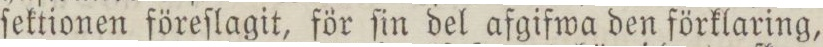
ſektionen föreſlagit, för ſin del afgifwa den förklaring,